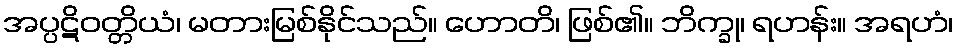
အပ္ပဋိဝတ္တိယံ၊ မတားမြစ်နိုင်သည်။ ဟောတိ၊ ဖြစ်၏။ ဘိက္ခု၊ ရဟန်း။ အရဟံ၊